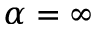
\alpha = \infty